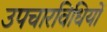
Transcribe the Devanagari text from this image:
उपचारविधियों